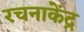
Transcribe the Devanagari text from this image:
रचनाकेंद्र